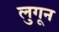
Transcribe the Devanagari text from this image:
लुगून